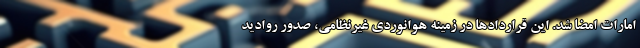
امارات امضا شد. این قراردادها در زمینه هوانوردی غیرنظامی، صدور روادید